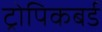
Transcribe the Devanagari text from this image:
ट्रोपिकबर्ड